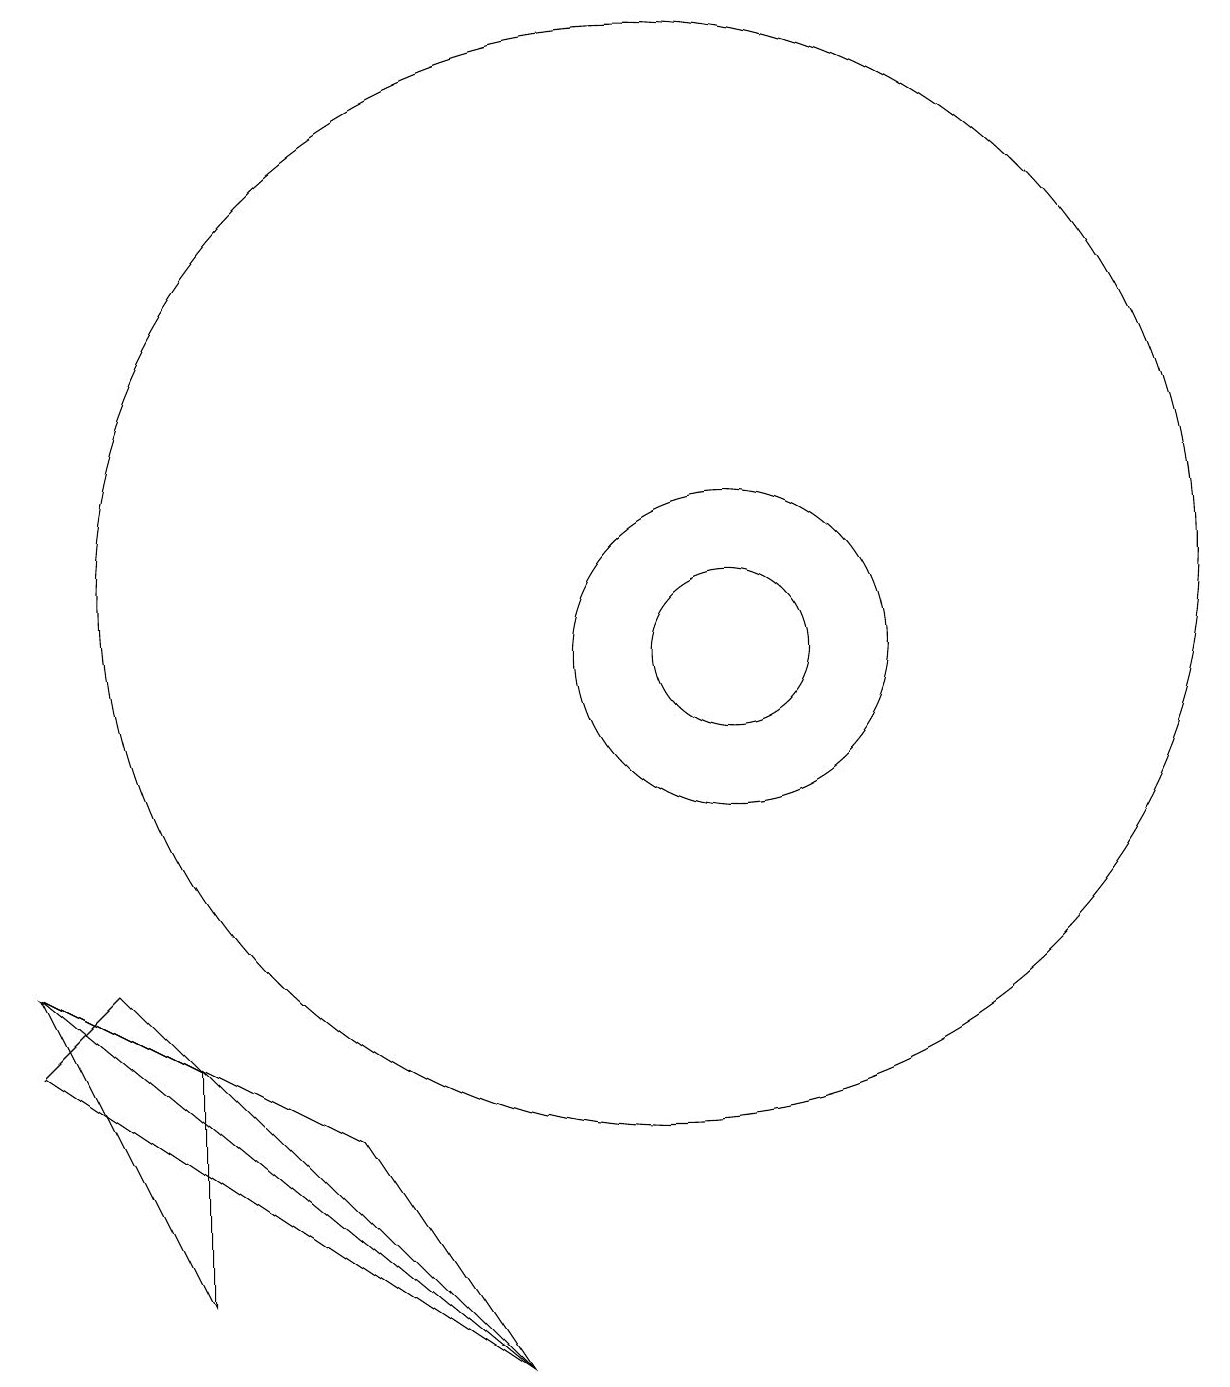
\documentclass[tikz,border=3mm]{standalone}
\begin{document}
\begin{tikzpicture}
\draw (3,5) -- (4,6) -- (9,1) -- cycle;
\draw (9,1) -- (7,4) -- (3,6) -- cycle;
\draw (11,11) circle (7);
\draw (5,2) -- (5,5) -- (3,6) -- cycle;
\draw (12,10) circle (2);
\draw (12,10) circle (1);
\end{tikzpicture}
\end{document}